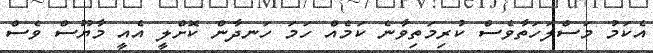
އެކަމު މަސްލަހަތާވެސް ކުރިމަތިވާނެ ކަމެއް ހަމަ ހަނދާން ކޮށްލީ އެއީ މާޔޫސް ވެސް